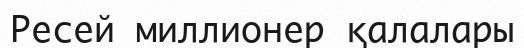
Ресей миллионер қалалары